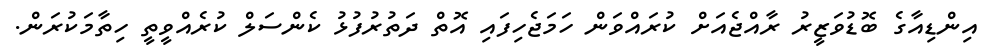
އިންޑިއާގެ ބޮޑުވަޒީރު ރާއްޖެއަށް ކުރައްވަން ހަމަޖެހިފައި އޮތް ދަތުރުފުޅު ކެންސަލް ކުރެއްވީތީ ހިތާމަކުރަން.